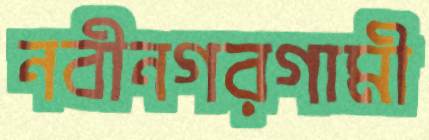
নবীনগরগামী